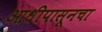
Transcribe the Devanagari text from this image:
आधीपासूनचा